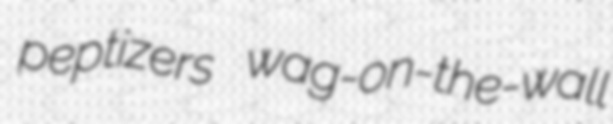
peptizers wag-on-the-wall